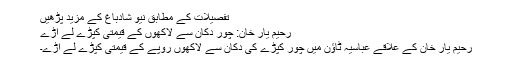
تفصیلات کے مطابق نیو شادباغ کے مزید پڑھیں
رحیم یار خان: چور دکان سے لاکھوں کے قیمتی کپڑے لے اڑے
رحیم یار خان کے علاقے عباسیہ ٹاؤن میں چور کپڑے کی دکان سے لاکھوں روپے کے قیمتی کپڑے لے اڑے۔